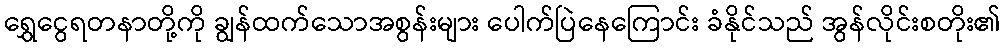
ရွှေငွေရတနာတို့ကို ချွန်ထက်သောအစွန်းများ ပေါက်ပြဲနေကြောင်း ခံနိုင်သည် အွန်လိုင်းစတိုး၏